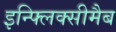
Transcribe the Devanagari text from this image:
इन्फ्लिक्सीमैब